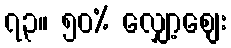
၇၃။ ၅၀% လျှော့စျေး